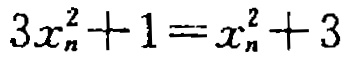
\(3x_{n}^{2}+1 = x_{n}^{2}+3\)